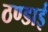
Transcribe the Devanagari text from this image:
ठण्डाई